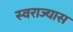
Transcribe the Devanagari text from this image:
स्वराज्यास